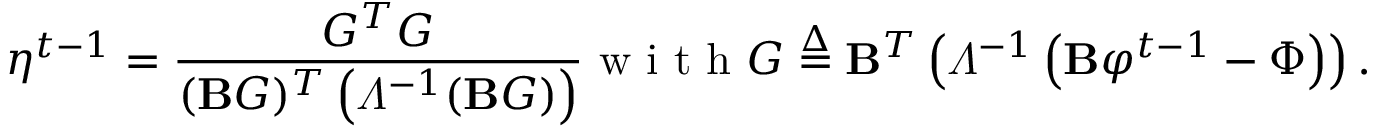
\eta ^ { t - 1 } = \frac { G ^ { T } G } { ( \mathbf { B } G ) ^ { T } \left( \varLambda ^ { - 1 } ( \mathbf { B } G ) \right) } \mathrm { ~ w ~ i ~ t ~ h ~ } G \stackrel { \Delta } { = } \mathbf { B } ^ { T } \left( \varLambda ^ { - 1 } \left( \mathbf { B } \varphi ^ { t - 1 } - \Phi \right) \right) .